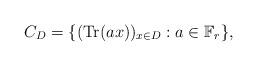
LaTeX: \begin{align*}C_{D}=\{(\mathrm{Tr}(ax))_{x\in D}: a \in \mathbb{F}_{r} \},\end{align*}